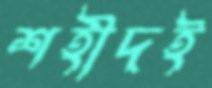
শহীদই